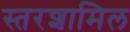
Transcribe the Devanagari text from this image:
स्तरशामिल